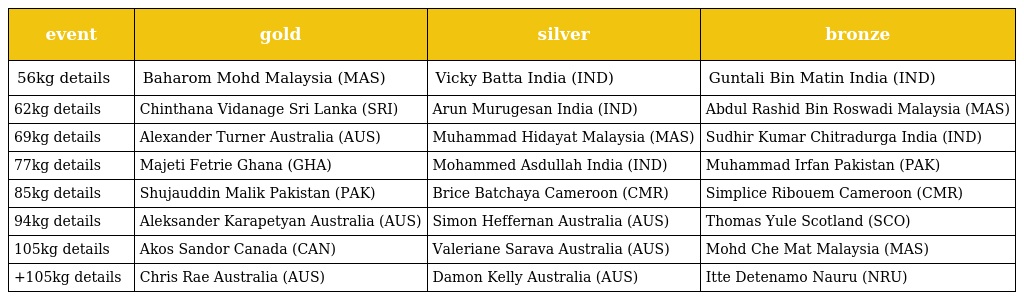
| event | gold | silver | bronze |
 | --- | --- | --- | --- |
 | 56kg details | Baharom Mohd Malaysia (MAS) | Vicky Batta India (IND) | Guntali Bin Matin India (IND) |
 | 62kg details | Chinthana Vidanage Sri Lanka (SRI) | Arun Murugesan India (IND) | Abdul Rashid Bin Roswadi Malaysia (MAS) |
 | 69kg details | Alexander Turner Australia (AUS) | Muhammad Hidayat Malaysia (MAS) | Sudhir Kumar Chitradurga India (IND) |
 | 77kg details | Majeti Fetrie Ghana (GHA) | Mohammed Asdullah India (IND) | Muhammad Irfan Pakistan (PAK) |
 | 85kg details | Shujauddin Malik Pakistan (PAK) | Brice Batchaya Cameroon (CMR) | Simplice Ribouem Cameroon (CMR) |
 | 94kg details | Aleksander Karapetyan Australia (AUS) | Simon Heffernan Australia (AUS) | Thomas Yule Scotland (SCO) |
 | 105kg details | Akos Sandor Canada (CAN) | Valeriane Sarava Australia (AUS) | Mohd Che Mat Malaysia (MAS) |
 | +105kg details | Chris Rae Australia (AUS) | Damon Kelly Australia (AUS) | Itte Detenamo Nauru (NRU) |